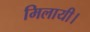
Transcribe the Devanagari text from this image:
मिलायी।